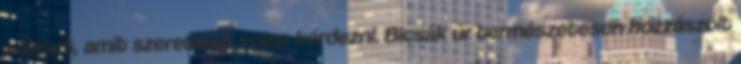
választ, amit szerettem volna kérdezni. Bicsák úr természetesen hozzászólt